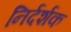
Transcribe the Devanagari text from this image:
निर्दर्शक